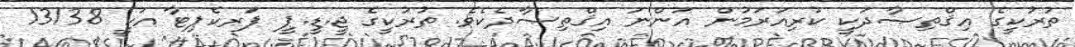
ތުރުކީގެ އިޤްތިޞާދަކީ ކުރިއަރަމުން އަންނަ އިޤްތިޞާދެކެވެ. ތުރުކީގެ ޖީ.ޑީ.ޕީ ޕަރކެޕިޓާ އަކީ 13138